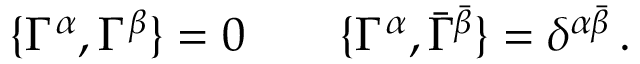
\{ \Gamma ^ { \alpha } , \Gamma ^ { \beta } \} = 0 \qquad \{ \Gamma ^ { \alpha } , \bar { \Gamma } ^ { \bar { \beta } } \} = \delta ^ { \alpha \bar { \beta } } \, .